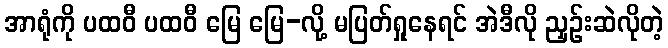
အာရုံကို ပထဝီ ပထဝီ မြေ မြေ-လို့ မပြတ်ရှုနေရင် အဲဒီလို ညှဉ်းဆဲလိုတဲ့